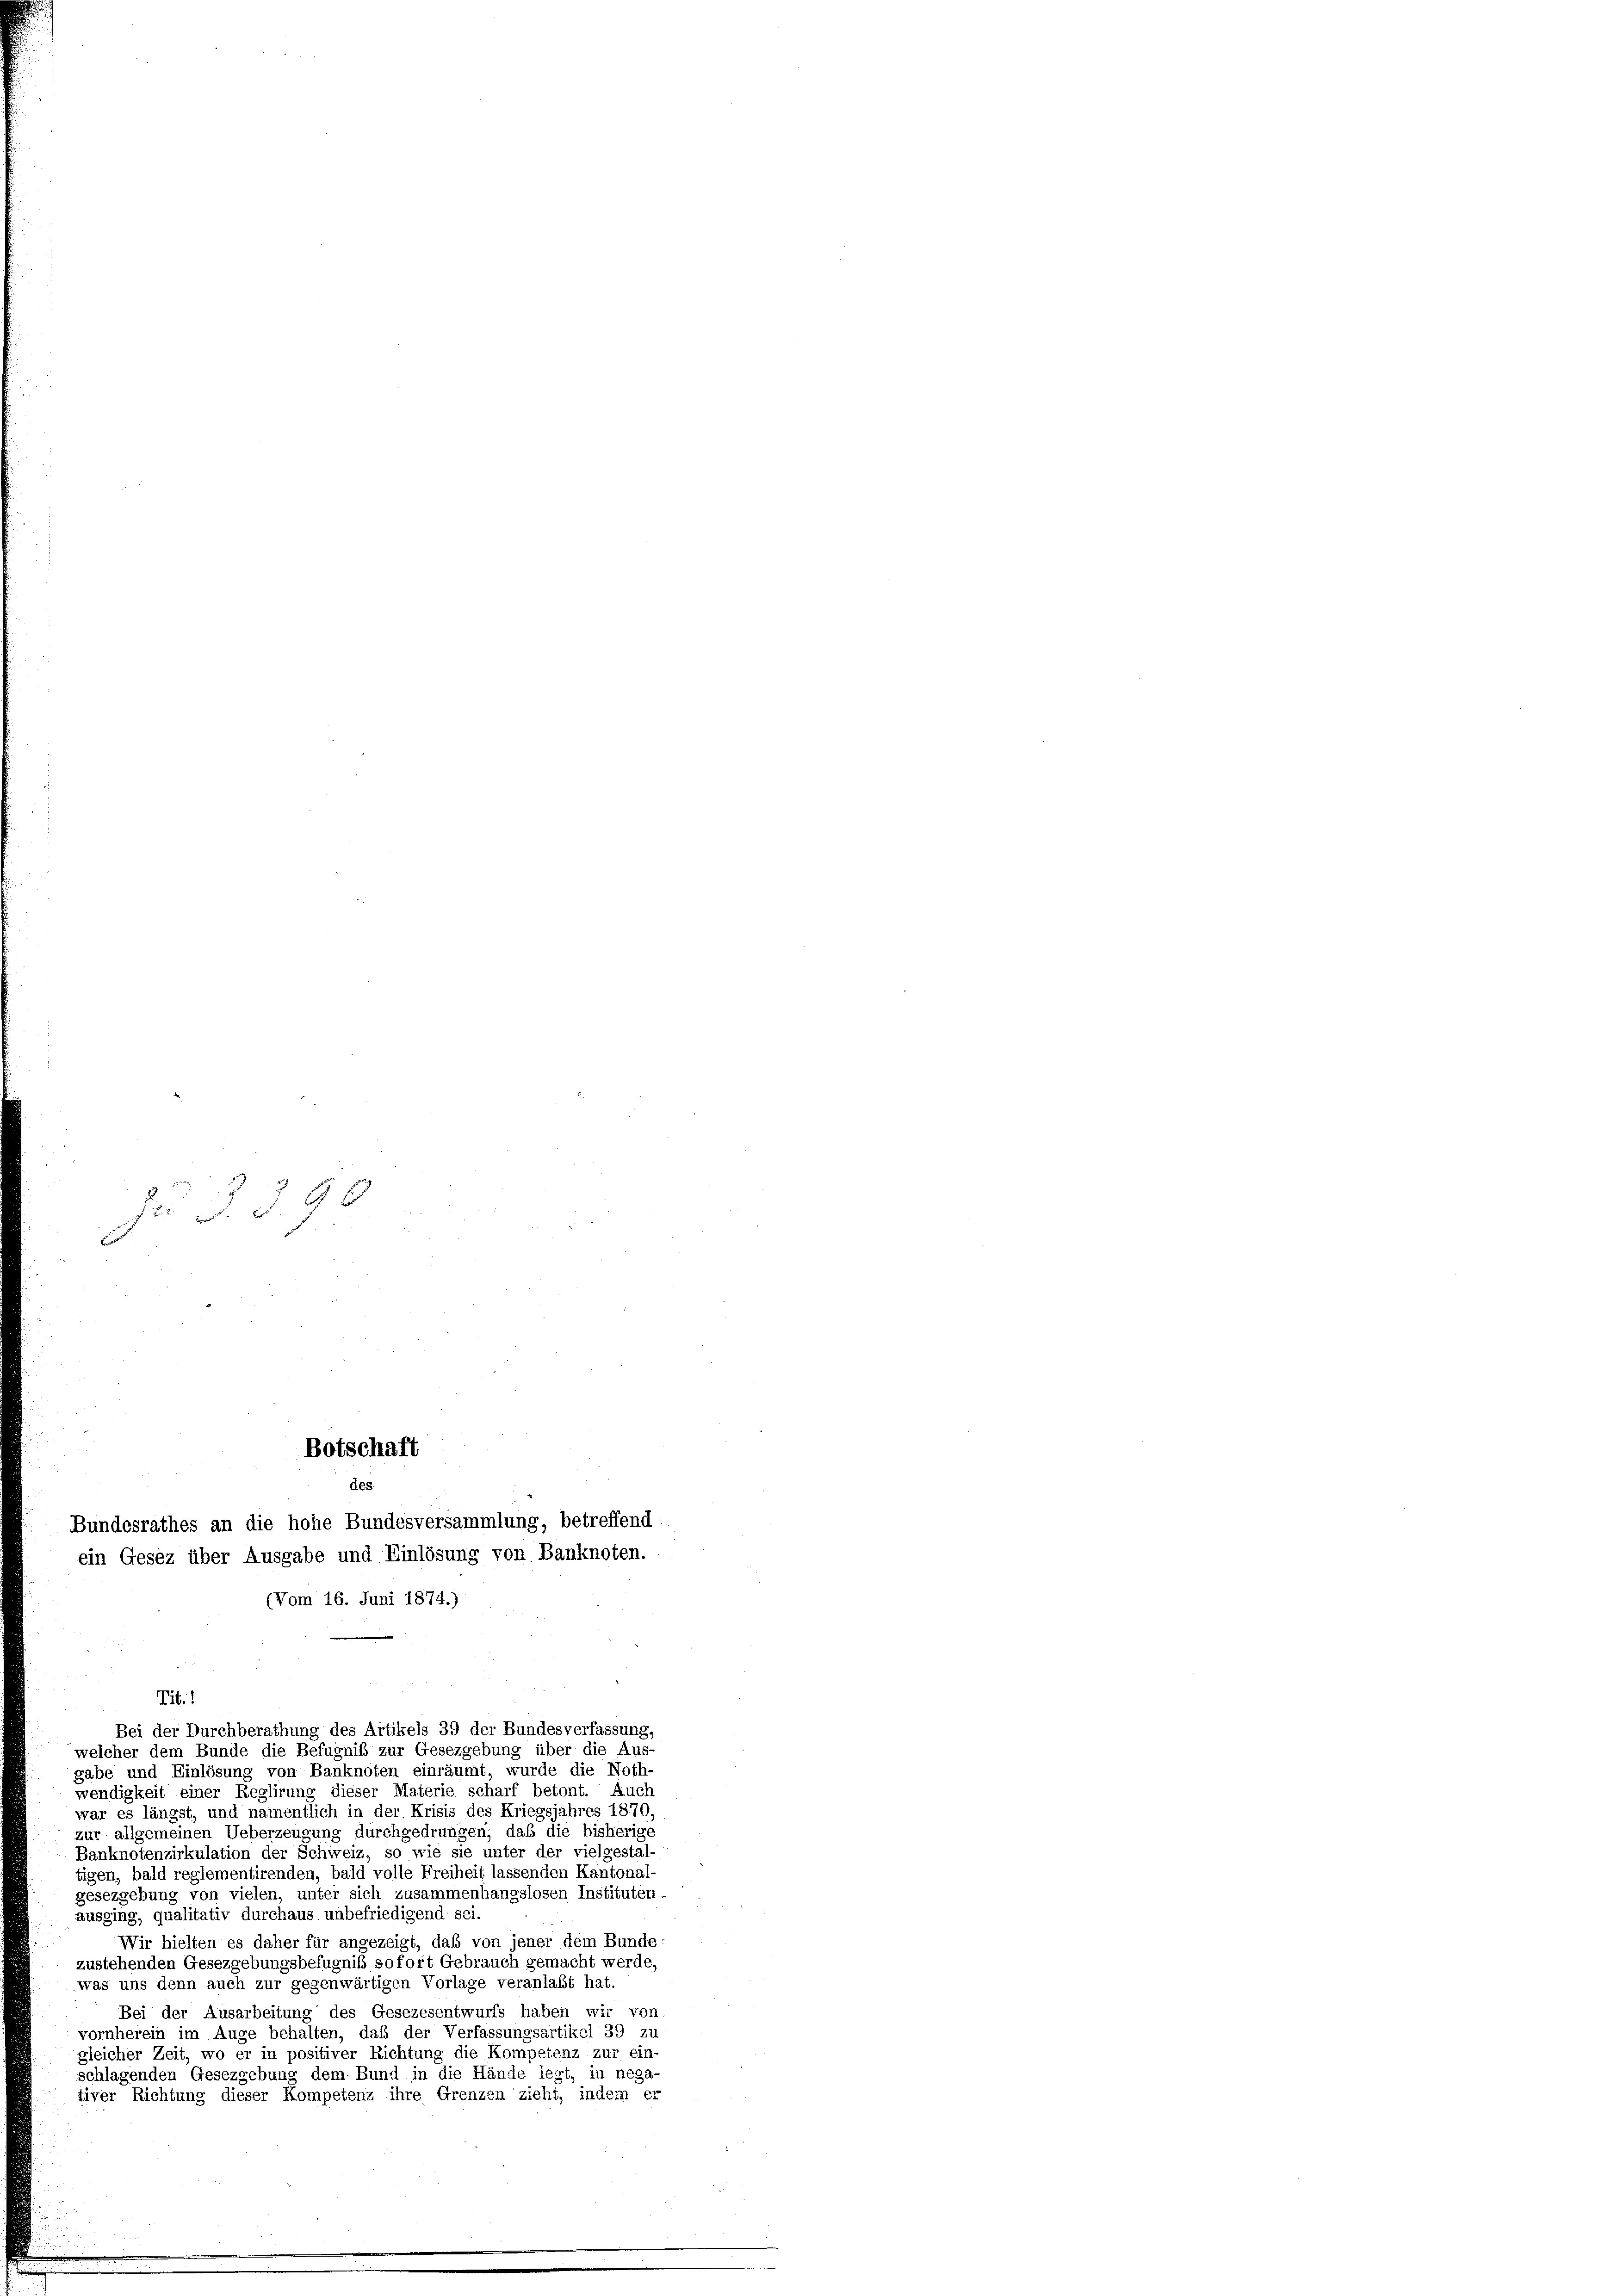
398

Botschaft
des
Bundesrathes an die hohe Bundesversammlung, betreffend.
ein Gesez über Ausgabe und Einlösung von Banknoten.
(Vom 16. Juni 1874.)

Bei der Durchberathung des Artikels 39 der Bundesverfassung,

Tit.
welcher dem Bunde die Befugniß zur Gesetzgebung über die Aus
gabe und Einlösung von Banknoten einräumt, wurde die Noth
wendigkeit einer Reglirung dieser Materie scharf betont. Auch
war es längst, und namentlich in der Krisis des Kriegsjahres 1870,
zur allgemeinen Ueberzeugung durchgedrungen, daß die bisherige
Banknotenzirkulation der Schweiz, so wie sie unter der vielgestal-
tigen, bald reglementirenden, bald volle Freiheit lassenden Kantonal-
gesezgebung von vielen, unter sich zusammenhangslosen Instituten.
ausging, qualitativ durchaus unbefriedigend sei
Wir hielten es daher für angezeigt, daß von jener dem Bunde:
zustehenden Gesezgebungsbefugniß sofort Gebrauch gemacht werde,
was uns denn auch zur gegenwärtigen Vorlage veranlaßt hat.
Bei der Ausarbeitung des Gesezesentwurfs haben wir von
vornherein im Auge behalten, daß der Verfassungsartikel 39 zu
gleicher Zeit, wo er in positiver Richtung die Kompetenz zur ein-
schlagenden Gesezgebung dem Bund in die Hände legt, in nega
tiver Richtung dieser Kompetenz ihre Grenzen zieht, indem er